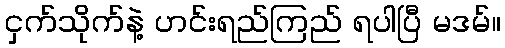
ငှက်သိုက်နဲ့ ဟင်းရည်ကြည် ရပါပြီ မဒမ်။